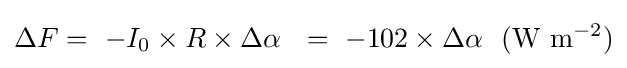
\Delta F=~-I_{0}\times R\times \Delta \alpha ~~=~-102\times \Delta \alpha ~~(\mathrm {W} ~\mathrm {m} ^{-2})